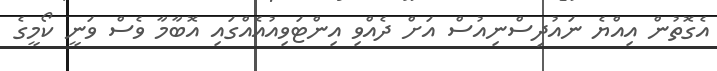
އެގޮތުން އިއްޔެ ނައުދިސްނިއުސް އަށް ދެއްވި އިންޓަވިއުއެއްގައި އޮބާމާ ވެސް ވަނީ ކޯމީގެ